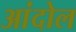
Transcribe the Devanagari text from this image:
आंदोल